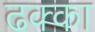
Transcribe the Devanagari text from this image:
ढक्का